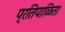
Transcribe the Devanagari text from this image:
प्रतिपाळिता